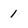
Character: 1